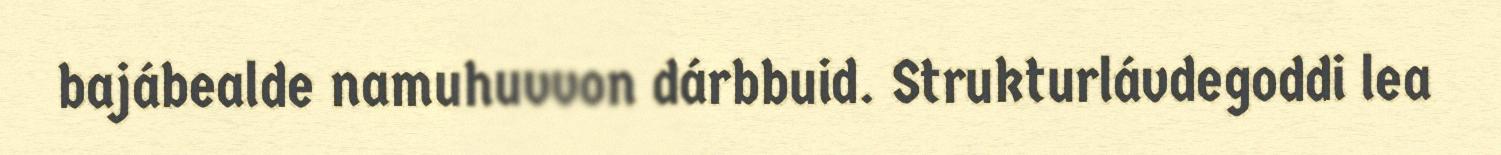
bajábealde namuhuvvon dárbbuid. Strukturlávdegoddi lea